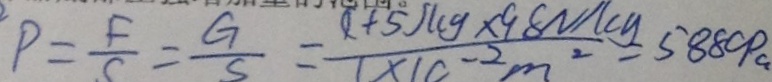
P = \frac { F } { C } = \frac { G } { S } = \frac { ( 1 + 5 ) ( y \times 9 8 N / c y ) } { 1 \times 1 c - 2 m ^ { 2 } } = 5 8 8 0 p a